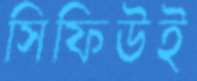
সিফিউই